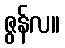
ဇွန်လ။